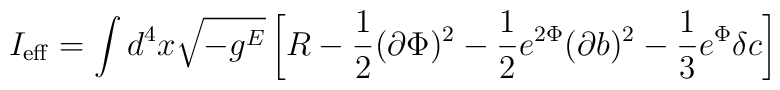
I_{\rm eff} = \int d^4x \sqrt{-g^E}\left[R -\frac{1}{2}(\partial \Phi)^2-\frac{1}{2}e^{2\Phi}(\partial b)^2 -\frac{1}{3}e^\Phi\delta c \right]